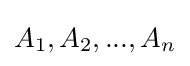
{\textstyle {A_{1},A_{2},...,A_{n}}}